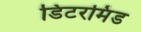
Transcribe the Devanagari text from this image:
डिटरमिंड